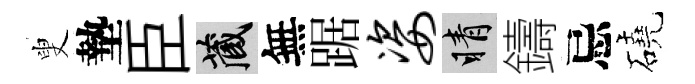
叟墊臣藏無踞姿睛鑄忌磽